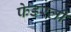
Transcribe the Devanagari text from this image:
फेडरली